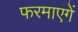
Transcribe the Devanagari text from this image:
फरमाएगें